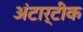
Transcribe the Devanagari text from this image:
अंटार्टीक